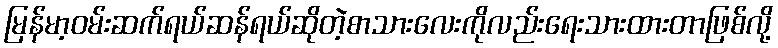
မြန်မာ့ဝမ်းဆက်ရယ်ဆန်ရယ်ဆိုတဲ့စာသားလေးကိုလည်းရေးသားထားတာဖြစ်လို့